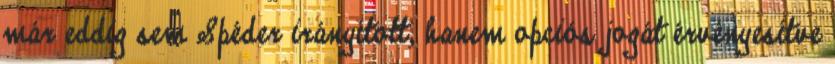
már eddig sem Spéder irányított, hanem opciós jogát érvényesítve